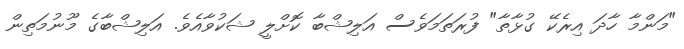
"މަންމާ ހާދަ އިރެކޭ ގުޅާތާ" ފުރަތަމަވެސް އަލިޝްބާ ކޮށްލީ ޝަކުވާއެވެ. އަލިޝްބާގެ މޫނުމަތިން